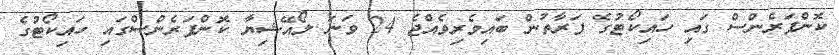
ކޮންފަރެންސް ގައި ހައިކޯޓުގެ ފަރާތުން ބައިވެރިވެއްޖެ 24 ވަނަ ލޯއޭޝިޔާ ކޮންފަރެންސްގައި ހައިކޯޓުގެ